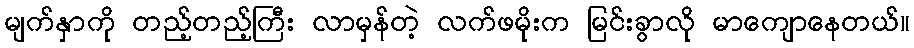
မျက်နှာကို တည့်တည့်ကြီး လာမှန်တဲ့ လက်ဖမိုးက မြင်းခွာလို မာကျောနေတယ်။